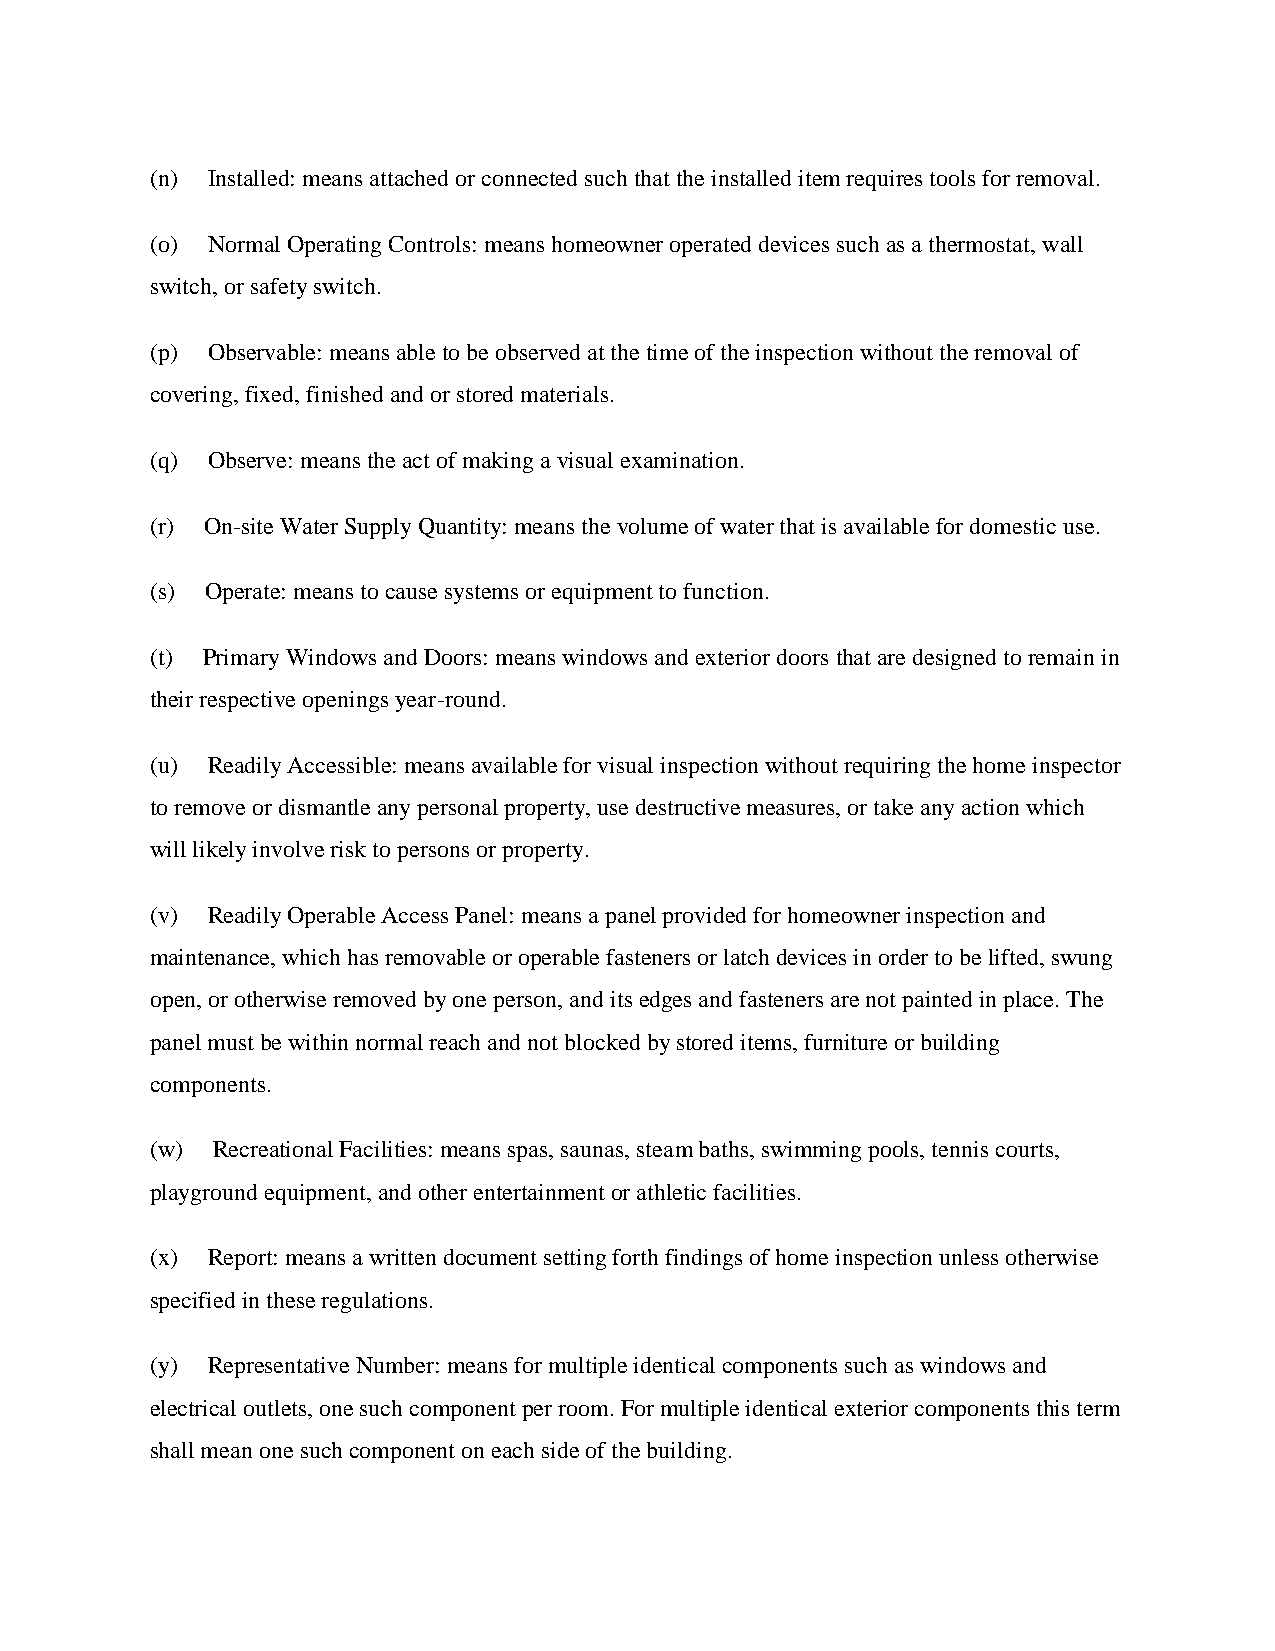
(n) Installed: means attached or connected such that the installed item requires tools for removal.
 (o) Normal Operating Controls: means homeowner operated devices such as a thermostat, wall
 switch, or safety switch.
 (p) Observable: means able to be observed at the time of the inspection without the removal of
 covering, fixed, finished and or stored materials.
 (q) Observe: means the act of making a visual examination.
 (r) On-site Water Supply Quantity: means the volume of water that is available for domestic use.
 (s) Operate: means to cause systems or equipment to function.
 (t) Primary Windows and Doors: means windows and exterior doors that are designed to remain in
 their respective openings year-round.
 (u) Readily Accessible: means available for visual inspection without requiring the home inspector
 to remove or dismantle any personal property, use destructive measures, or take any action which
 will likely involve risk to persons or property.
 (v) Readily Operable Access Panel: means a panel provided for homeowner inspection and
 maintenance, which has removable or operable fasteners or latch devices in order to be lifted, swung
 open, or otherwise removed by one person, and its edges and fasteners are not painted in place. The
 panel must be within normal reach and not blocked by stored items, furniture or building
 components.
 (w) Recreational Facilities: means spas, saunas, steam baths, swimming pools, tennis courts,
 playground equipment, and other entertainment or athletic facilities.
 (x) Report: means a written document setting forth findings of home inspection unless otherwise
 specified in these regulations.
 (y) Representative Number: means for multiple identical components such as windows and
 electrical outlets, one such component per room. For multiple identical exterior components this term
 shall mean one such component on each side of the building.